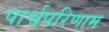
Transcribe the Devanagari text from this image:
पार्श्वपरिणाम